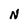
Character: N